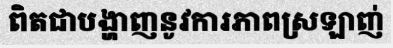
ពិតជាបង្ហាញនូវការភាពស្រឡាញ់